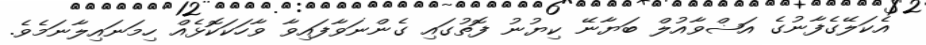
އެކަލޭގެފާނުގެ އަޟްވާއުލް ބަޔާނޭ ކިޔުނު ފޮތުގައި ގެންނަވާފައިވާ ވާހަކަކޮޅެއް ހިމަނައިލާނަމެވެ.